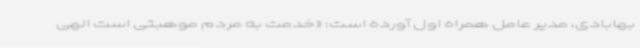
بهابادی، مدیر عامل همراه اول آورده است: «خدمت به مردم موهبتی است الهی